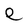
Character: e